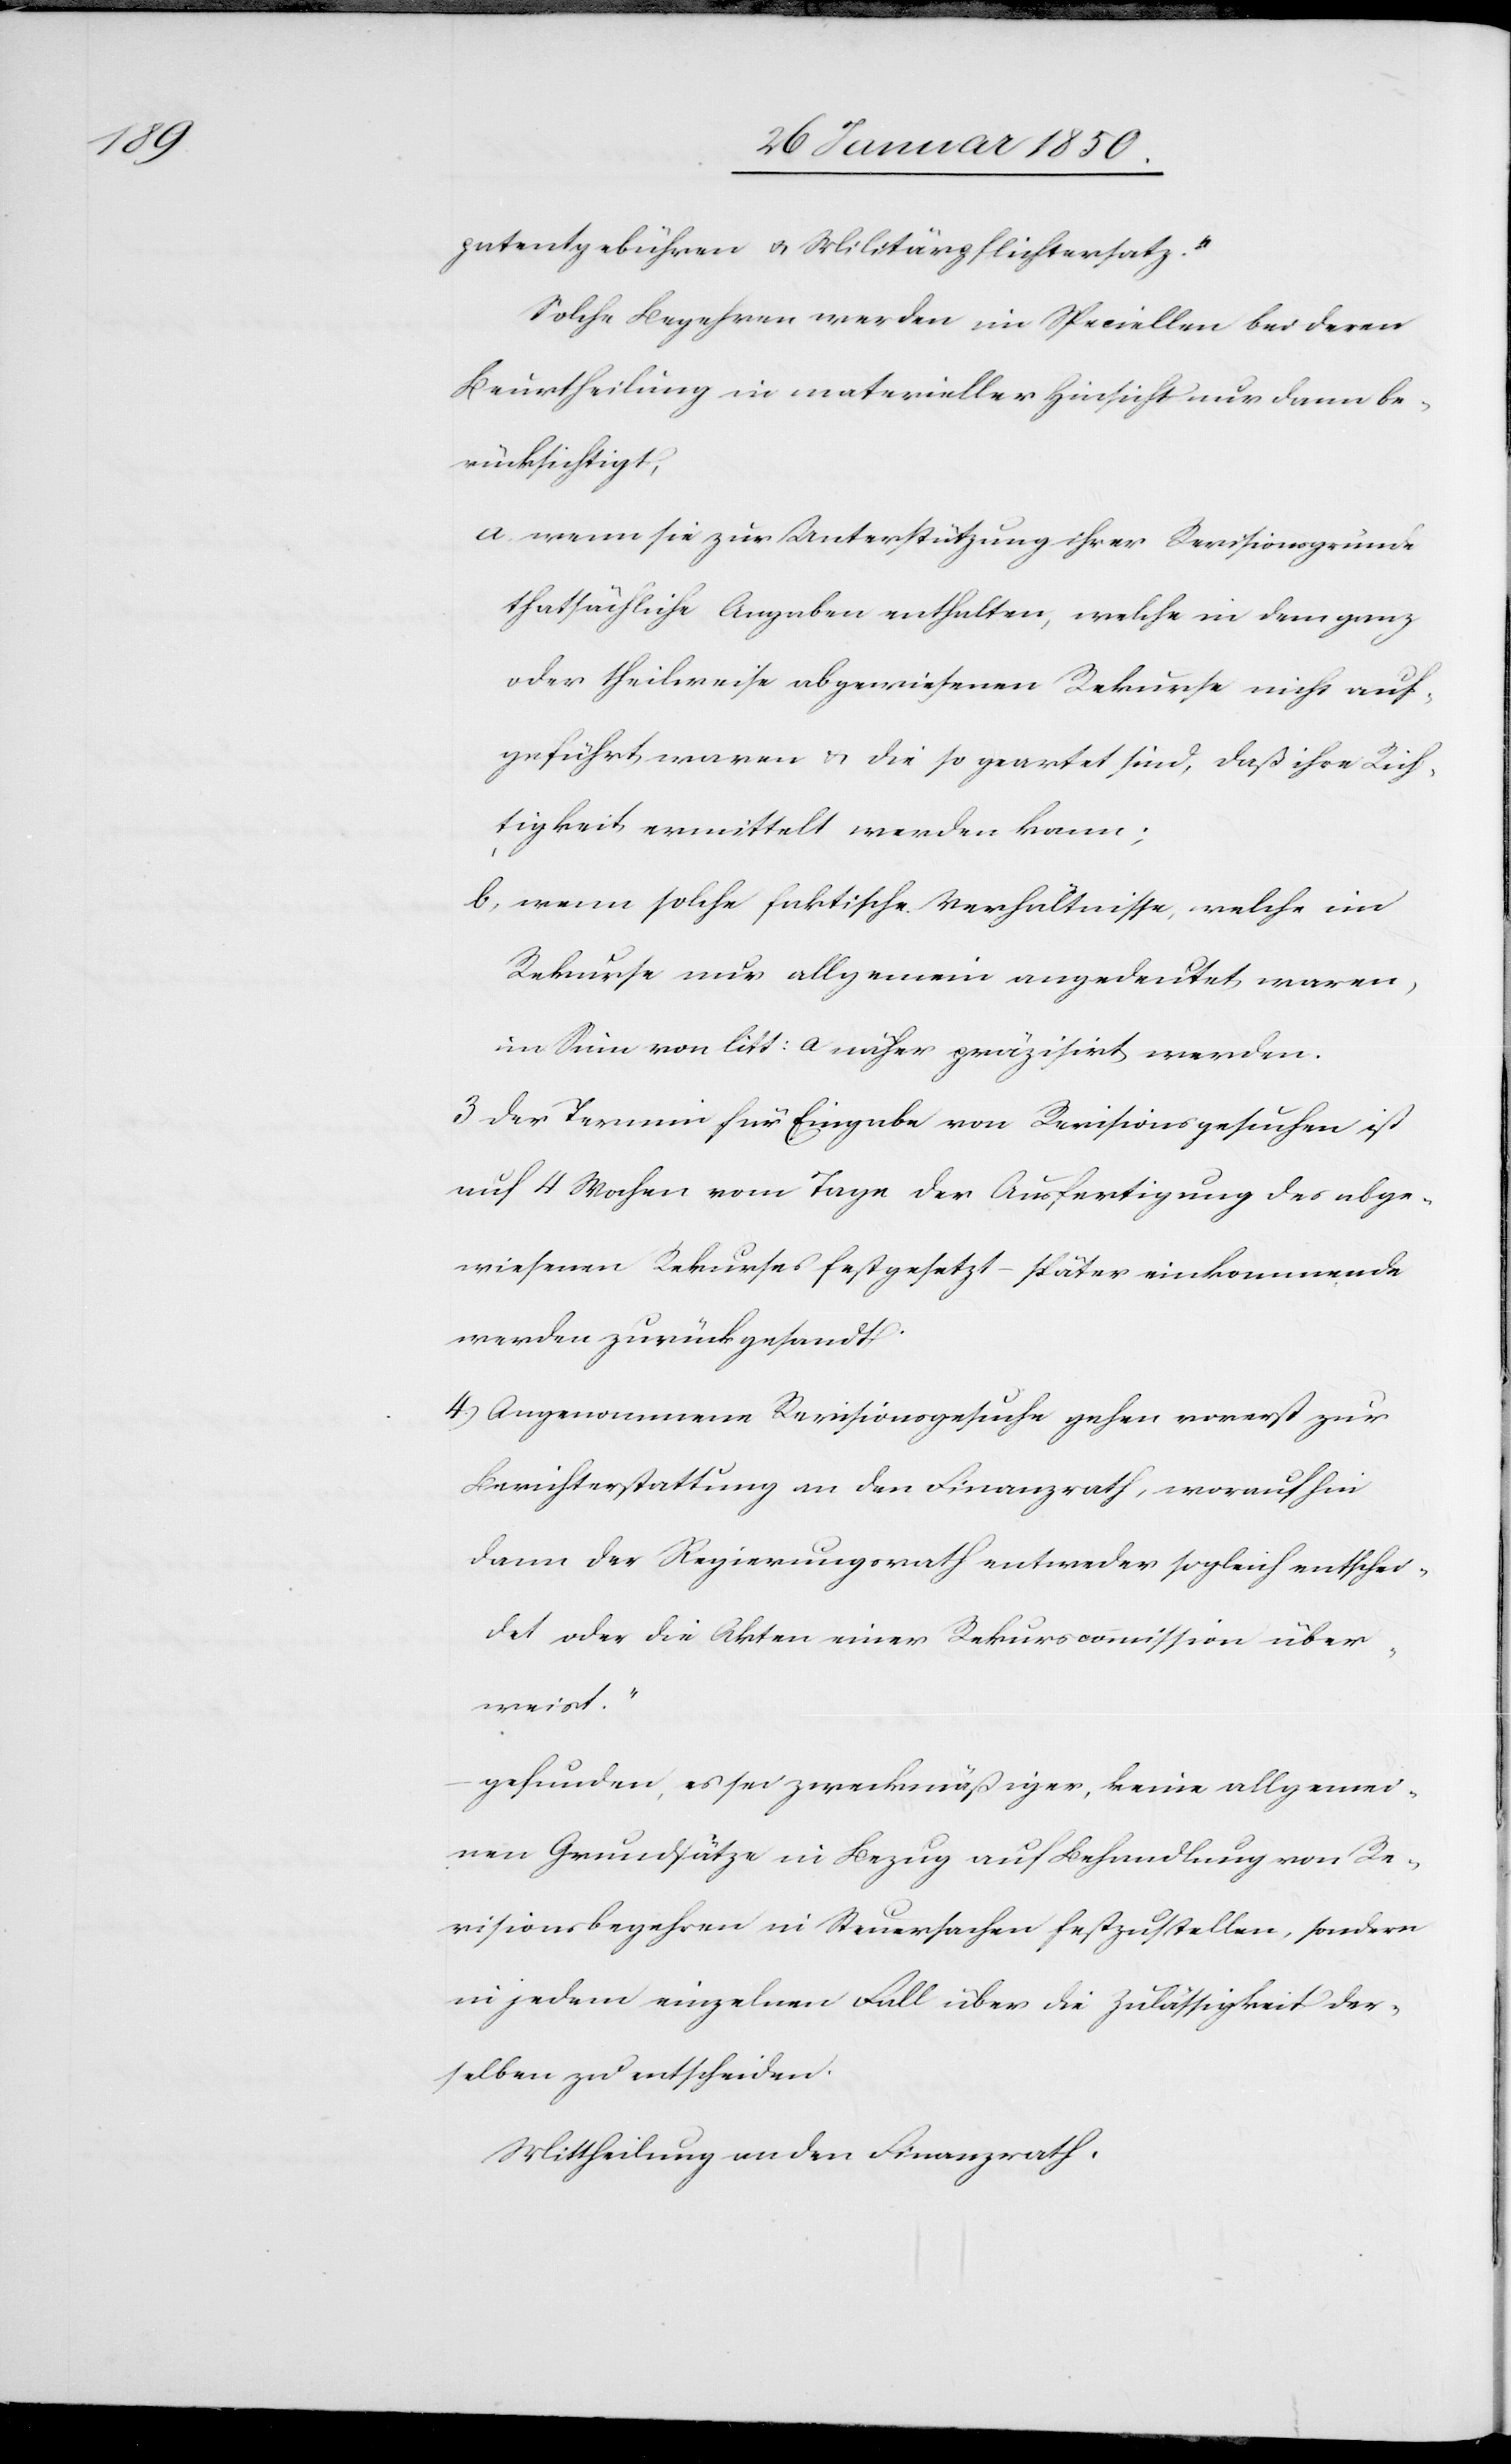
patentgebühren u. Militärpflichtersatz.“
Solche Begehren werden im Speciellen bei deren
Beurtheilung in materieller Hinsicht nur dann be¬
rücksichtigt,
a. wenn sie zur Unterstützung ihrer Revisionsgründe
thatsächliche Angaben enthalten, welche in dem ganz
oder theilsweise abgewiesenen Rekurse nicht auf¬
geführt waren u. die so geartet sind, daß ihre Rich¬
tigkeit ermittelt werden kann;
b. wenn solche faktische Verhältnisse, welche im
Rekurs nur allgemein angedeutet waren,
im Sinn von litt: a näher präzisirt werden.
3 der Termin für Eingabe von Revisionsgesuchen ist
auf 4 Wochen vom Tage der Ausfertigung des abge¬
wiesenen Rekurses festgesetzt − später einkommende
werden zurückgesandt.
4) Angenommene Revisionsgesuche gehen vorerst zur
Berichterstattung an den Finanzrath, woraufhin
dann der Regierungsrath entweder sogleich entschei¬
det oder die Akten einer Rekurscommission über¬
weist.“
gefunden, es sei zweckmäßiger, keine allgemei¬
nen Grundsätze in Bezug auf Behandlung von Re¬
visionsbegehren in Steuersachen festzustellen, sondern
in jedem einzelnen Fall über die Zulässigkeit der¬
selben zu entscheiden.
Mittheilung an den Finanzrath.